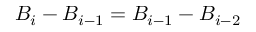
B _ { i } - B _ { i - 1 } = B _ { i - 1 } - B _ { i - 2 }